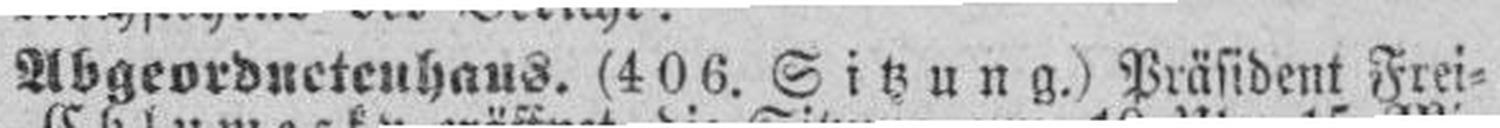
Abgeordueteuhaus. (406. Sitzung.) Präsident Frei¬